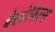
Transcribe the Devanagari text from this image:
बैसोफिल्स